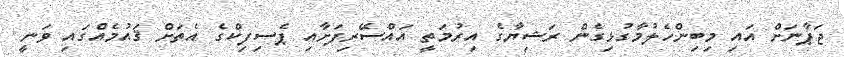
ޖަޕާނަށް އައި މިބިންހެލުމާގުޅިގެން ރަޝިޔާގެ އިރުމަތީ އައްސޭރިފަށާއި ޕެސިފިކްގެ އެތަށް ޤައުމެއްގައި ވަނީ